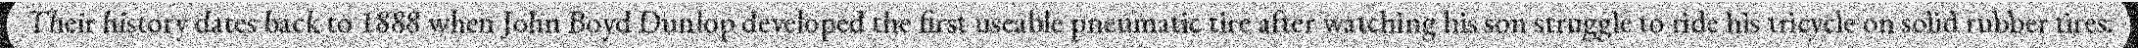
Their history dates back to 1888 when John Boyd Dunlop developed the first useable pneumatic tire after watching his son struggle to ride his tricycle on solid rubber tires.